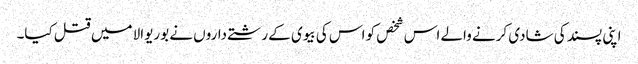
اپنی پسند کی شادی کرنے والے اس شخص کو اس کی بیوی کے رشتے داروں نے بوریوالا میں قتل کیا۔